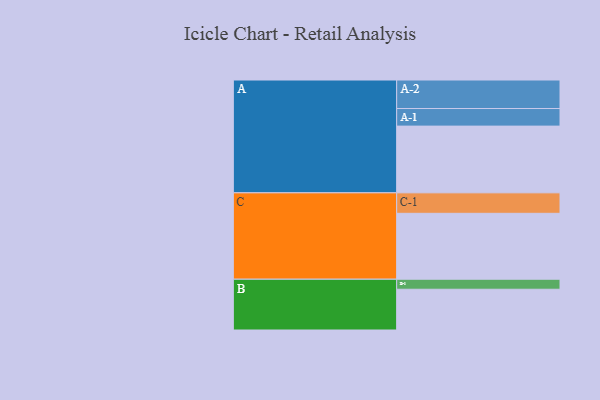
{"axis": {"x": "Segment", "y": "Value"}, "legend": ["", "A", "B", "C"], "data": [{"x": "A", "y": 573, "type": ""}, {"x": "B", "y": 350, "type": ""}, {"x": "C", "y": 566, "type": ""}, {"x": "A-1", "y": 151, "type": "A"}, {"x": "A-2", "y": 245, "type": "A"}, {"x": "B-1", "y": 86, "type": "B"}, {"x": "C-1", "y": 176, "type": "C"}]}